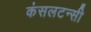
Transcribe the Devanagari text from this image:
कंसलटन्सी